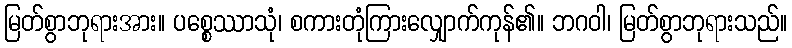
မြတ်စွာဘုရားအား။ ပစ္စေဿာသုံ၊ စကားတုံကြားလျှောက်ကုန်၏။ ဘဂဝါ၊ မြတ်စွာဘုရားသည်။